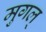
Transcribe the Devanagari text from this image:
मुगल्